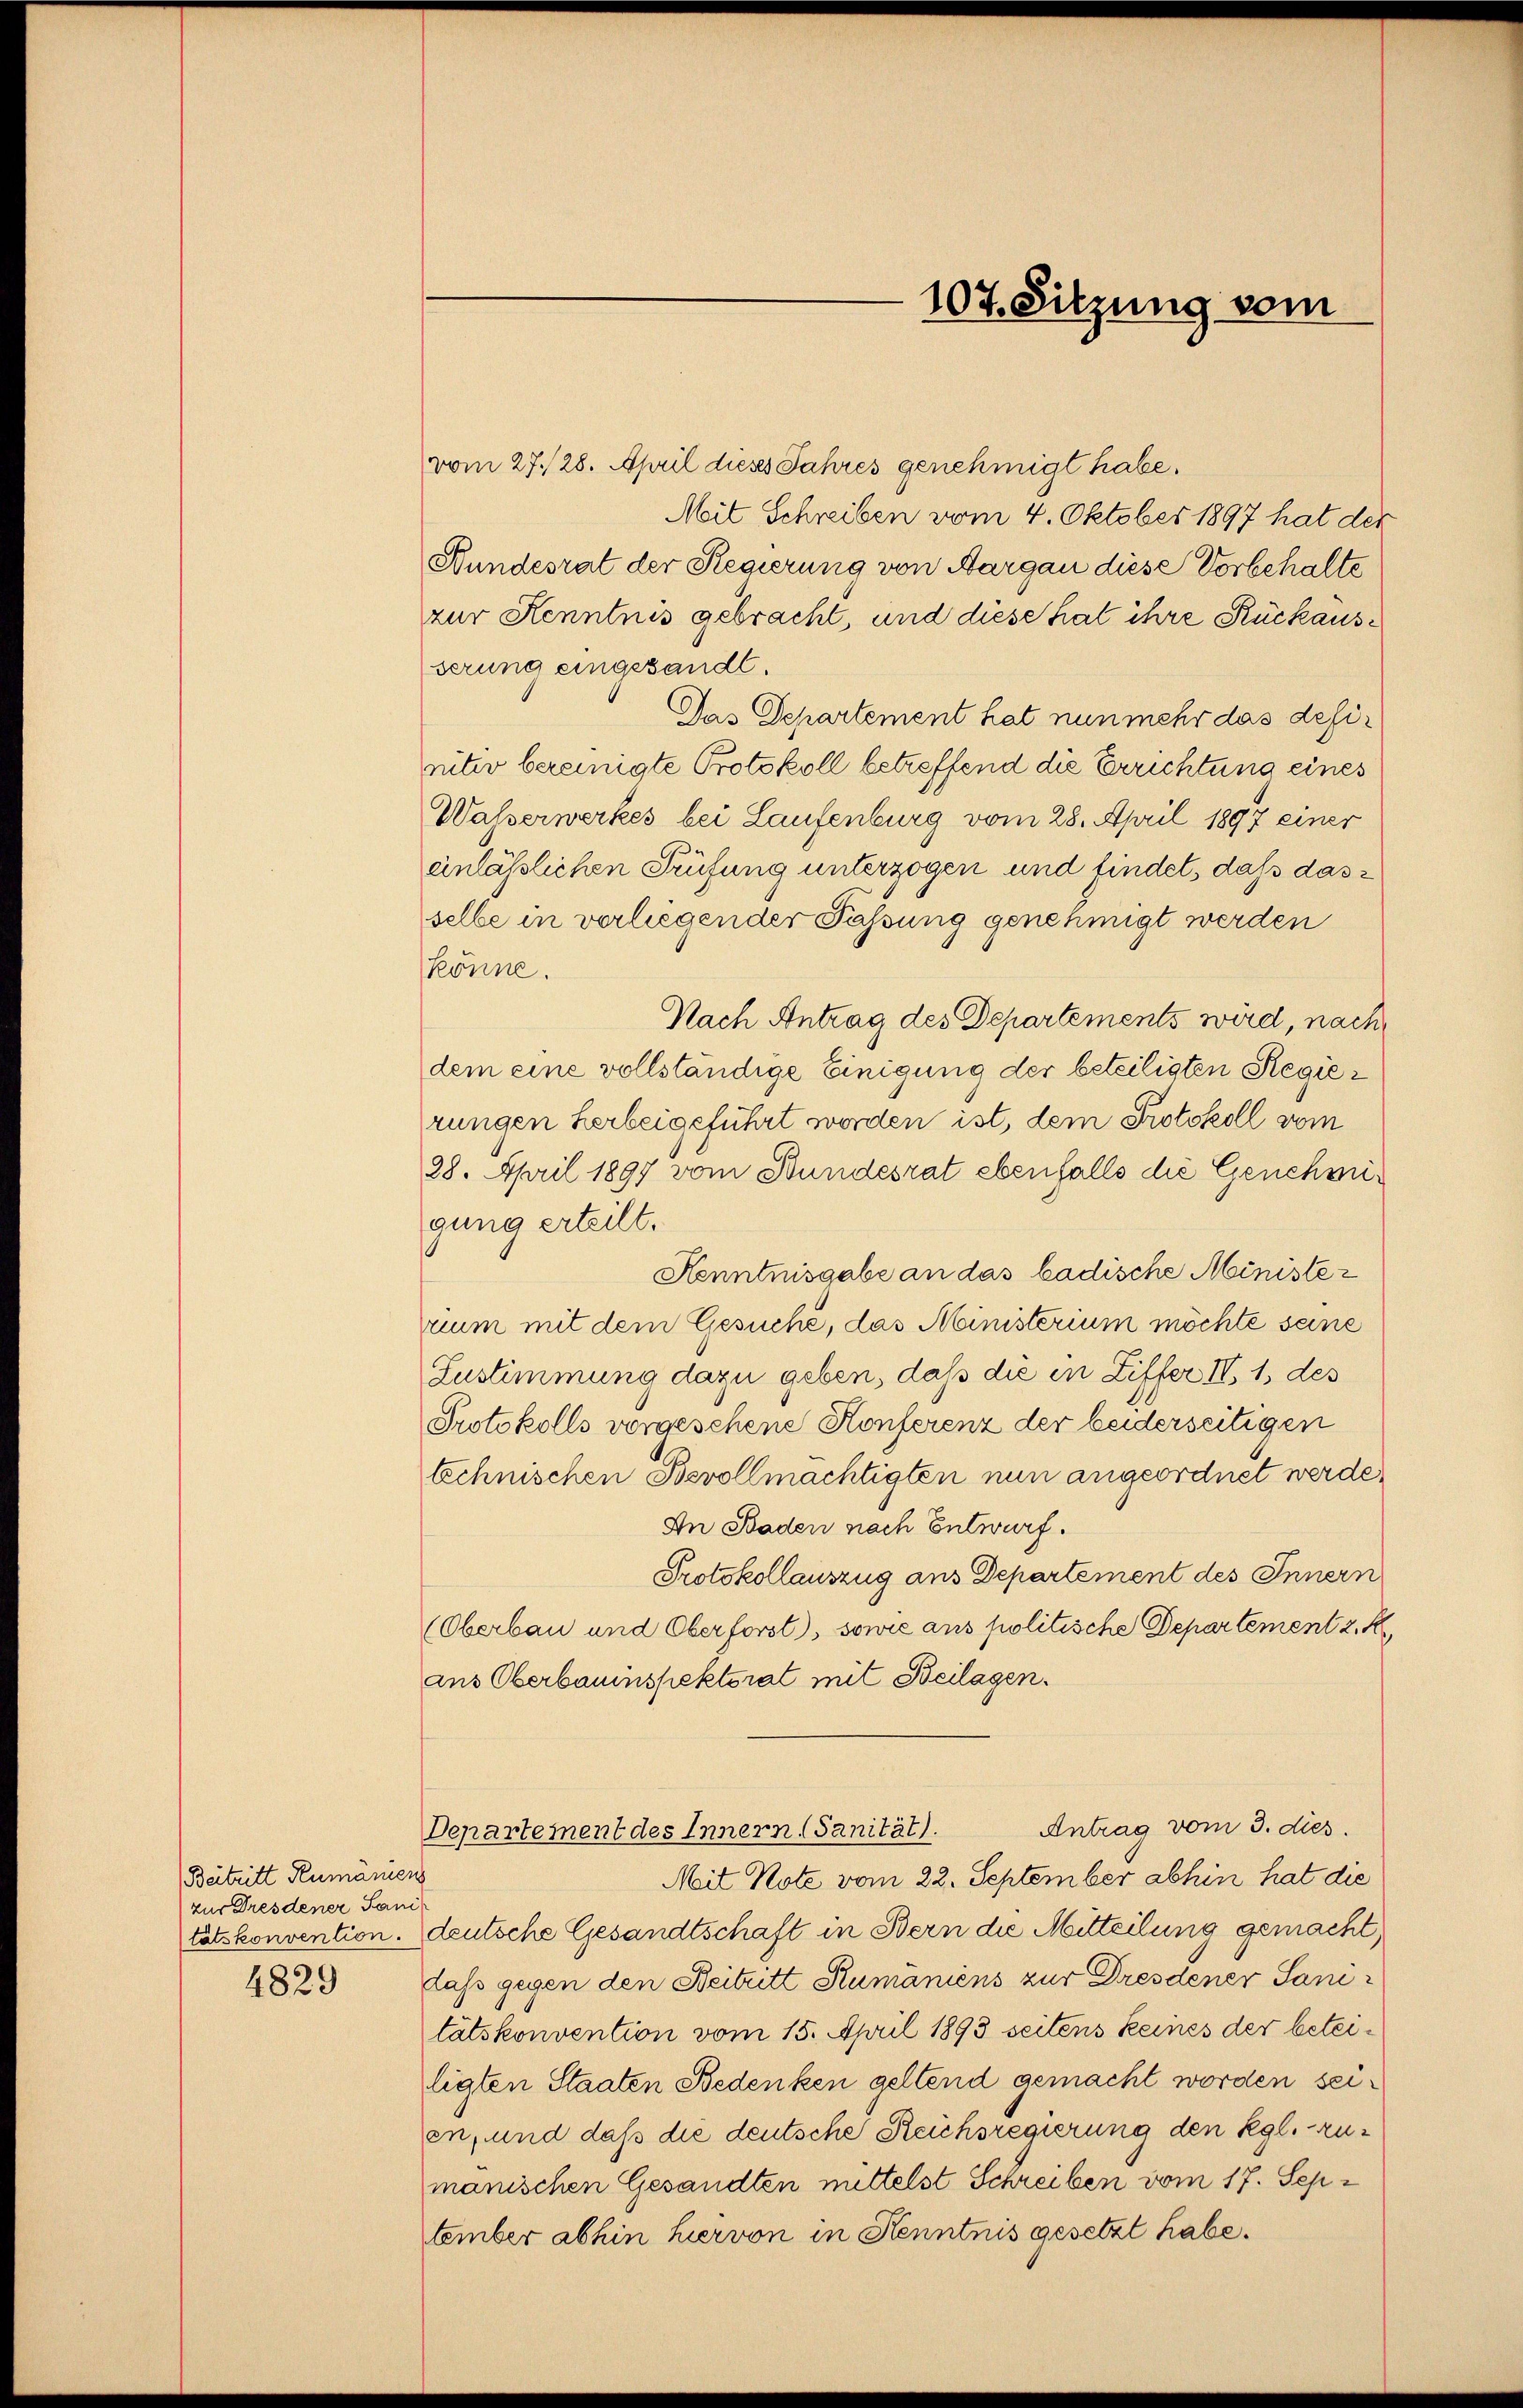
Beitritt Rumaniens
zur Dresdener Sanitätskonvention.

4829

107. Sitzung vom

vom 27./28. April diess Jahres genehmigt habe.
Meit Schreiben vom 4. Oktober 1897 hat der
Bundesrat der Regierung von Aargau diese Vorbehalte
zur Kenntnis gebracht, und diese hat ihre Rückausserung eingesandt.
Das Departement hat nunmehr das desiinter bereinigte Protokoll betreffend die Errichtung eines
Wasserwerkes bei Laufenburg vom 28. April 1897 einer
einlässlichen Prüfung unterzogen und findet, daß dasselbe in verliegender Fassung genehmigt werden
könne.
Nach Antrag des Departements wird, nach
dem eine vollständige Einigung der beteiligten Regierungen herbeigeführt worden ist, dem Protokoll vom
28. April 1897 vom Bundesrat ebenfalls die Genehmigung erteilt.
Henntnisgabe an das badische Minister
rium mit dem Gesuche, das Ministerium möchte seine
Zustimmung dazu geben, daß die in Ziffer IV 1 des
Protokolls vorgesehene Konferenz der beiderseitigen
technischen Bevollmächtigten nun angeordnet werde,
An Baden nach Entwurf.
Protokollauszug aus Departement des Innern
(Oberbau und Oberforst), sowie aus politische Departement 2. K
aus Oberbauinspektorat mit Beilagen.
Antrag vom 3. dies
Departement des Innern Sanität).
Mit Note vom 22. September abhin hat die
deutsche Gesandtschaft in Bern die Mitteilung gemacht,
dass gegen den Beitritt Rumaniens zur Dresdener Sanitätskonvention vom 15. April 1893 seitens keines der beteiligten Staaten Bedenken geltend gemacht worden seien, und daß die deutsche Reichsregierung den kgl. zumanischen Gesandten mittelst Schreiben vom 17. September abhin hiervon in Kenntnis gesetzt habe.